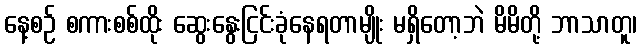
နေ့စဉ် စကားစစ်ထိုး ဆွေးနွေးငြင်းခုံနေရတာမျိုး မရှိတော့ဘဲ မိမိတို့ ဘာသာတူ၊